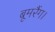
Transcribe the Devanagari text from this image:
बूमरैंग।